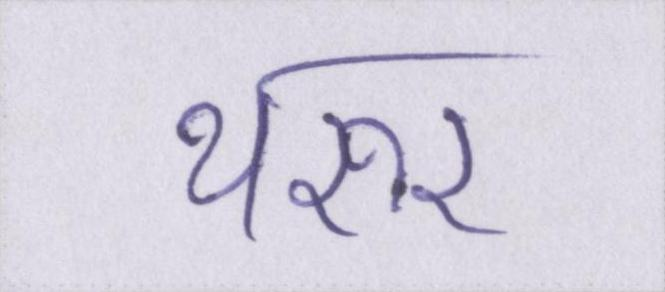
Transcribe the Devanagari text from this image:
थरूर